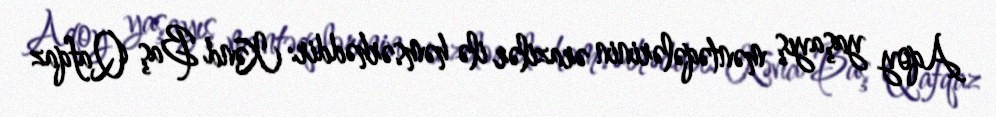
Aqoy yaşayış məntəqələrinin ərazilər ilə həmsərhəddir: Kənd Baş Qafqaz